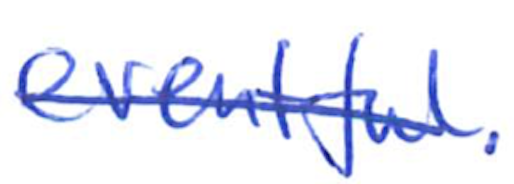
Text: eventful.
Cross-out: single-line
Writing tool: ballpoint